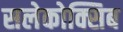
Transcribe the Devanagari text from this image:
सलेकोक्सिब